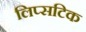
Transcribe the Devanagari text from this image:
लिप्सटिक